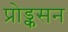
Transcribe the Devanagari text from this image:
प्रोड्कसन